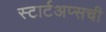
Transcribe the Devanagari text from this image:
स्टार्टअप्सची